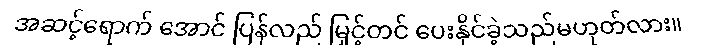
အဆင့်ရောက် အောင် ပြန်လည် မြှင့်တင် ပေးနိုင်ခဲ့သည်မဟုတ်လား။